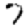
Digit: 7